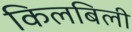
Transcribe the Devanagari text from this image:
किलबिली